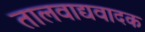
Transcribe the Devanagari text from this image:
तालवाद्यवादक